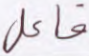
فاعل